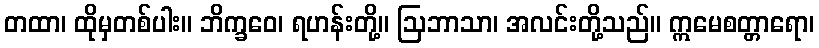
တထာ၊ ထိုမှတစ်ပါး။ ဘိက္ခဝေ၊ ရဟန်းတို့။ ဩဘာသာ၊ အလင်းတို့သည်။ ဣမေစတ္တာရော၊